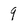
Character: 9